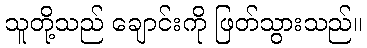
သူတို့သည် ချောင်းကို ဖြတ်သွားသည်။